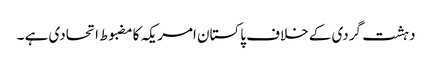
دہشت گردی کے خلاف پاکستان امریکہ کامضبوط اتحادی ہے ۔